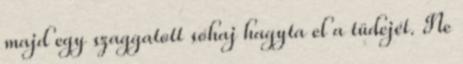
majd egy szaggatott sóhaj hagyta el a tüdejét. Ne